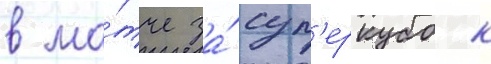
в ма́тче за́ суп'еркубок